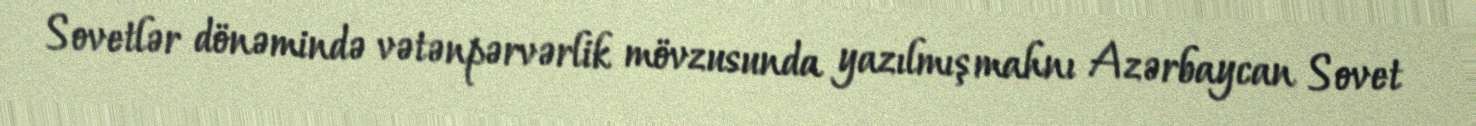
Sovetlər dönəmində vətənpərvərlik mövzusunda yazılmış mahnı Azərbaycan Sovet